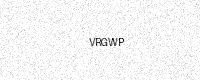
Text: VRGWP